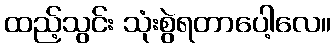
ထည့်သွင်း သုံးစွဲရတာပေါ့လေ။